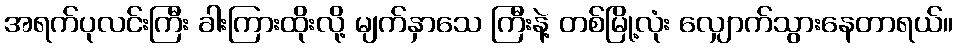
အရက်ပုလင်းကြီး ခါးကြားထိုးလို့ မျက်နှာသေ ကြီးနဲ့ တစ်မြို့လုံး လျှောက်သွားနေတာရယ်။